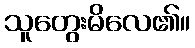
သူတွေးမိလေ၏။